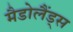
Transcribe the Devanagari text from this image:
मैडोलैंड्स